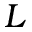
L